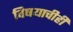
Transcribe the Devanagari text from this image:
विषयाचीही